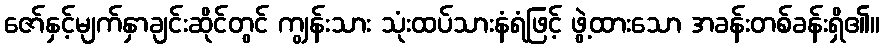
ဇော်နှင့်မျက်နှာချင်းဆိုင်တွင် ကျွန်းသား သုံးထပ်သားနံရံဖြင့် ဖွဲ့ထားသော အခန်းတစ်ခန်းရှိ၏။